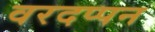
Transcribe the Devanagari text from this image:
वरदप्पन